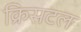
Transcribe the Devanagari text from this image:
क्रिसटल